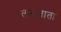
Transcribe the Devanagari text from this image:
लगजाता